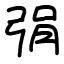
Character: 弲